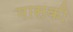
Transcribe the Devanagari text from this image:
मासकी